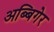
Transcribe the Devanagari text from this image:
अब्बिगेर